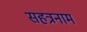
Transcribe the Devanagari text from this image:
सहत्रनाम